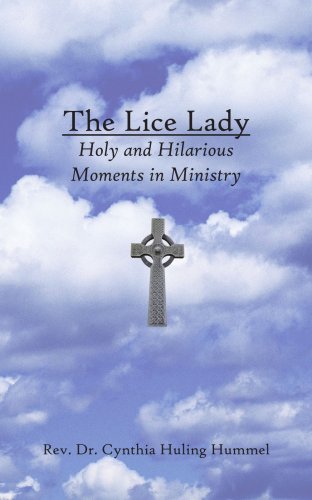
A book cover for The Lice Lady: Holy and Hilarious Moments in Ministry; Cynthia Huling Hummel; Health, Fitness & Dieting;